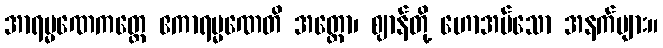
အာရမ္မဏေကတ္တေ ဧကာရမ္မဏေတိ အတ္ထော၊ ဈာန်တို့ ဟောအပ်သော အနက်များ။